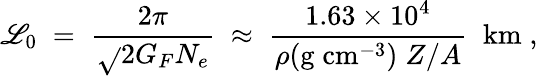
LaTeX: \mathscr{L}_{0}\; =\; \frac{{2\pi}}{{\sqrt{}{{2}}G_{F}N_{e}}}\; \approx\; \frac{{1.63\times10^{4}}}{{\rho(\mathrm{{g\; cm}}^{-3})\; Z/A}}\; \; \mathrm{{km}}\; ,